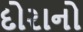
દોરાનો